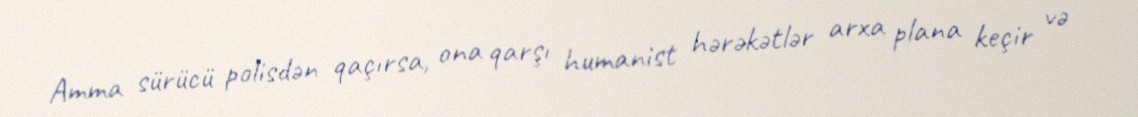
Amma sürücü polisdən qaçırsa, ona qarşı humanist hərəkətlər arxa plana keçir və